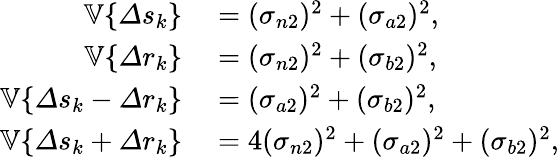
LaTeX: \begin{array}{rl}{\mathbb{V}\{ \varDelta s_{k}\} }&{{}=(\sigma_{n2})^{2}+(\sigma_{a2})^{2},}\\ {\mathbb{V}\{ \varDelta r_{k}\} }&{{}=(\sigma_{n2})^{2}+(\sigma_{b2})^{2},}\\ {\mathbb{V}\{ \varDelta s_{k}-\varDelta r_{k}\} }&{{}=(\sigma_{a2})^{2}+(\sigma_{b2})^{2},}\\ {\mathbb{V}\{ \varDelta s_{k}+\varDelta r_{k}\} }&{{}=4(\sigma_{n2})^{2}+(\sigma_{a2})^{2}+(\sigma_{b2})^{2},}\end{array}